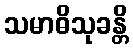
သမာဓိသုခန္တိ